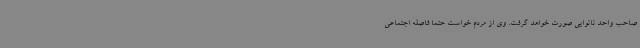
صاحب واحد نانوایی صورت خواهد گرفت. وی از مردم خواست حتما فاصله اجتماعی